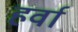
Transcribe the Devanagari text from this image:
हर्वा